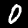
Label: 0